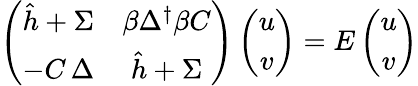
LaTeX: \left(\begin{array}{cc}{{\hat{h}+\Sigma}}&{{\beta\Delta^{\dagger}\beta C}}\\ {{-C\, \Delta}}&{{\hat{h}+\Sigma}}\end{array}\right)\left(\begin{array}{c}{{u}}\\ {{v}}\end{array}\right)=E\left(\begin{array}{c}{{u}}\\ {{v}}\end{array}\right)